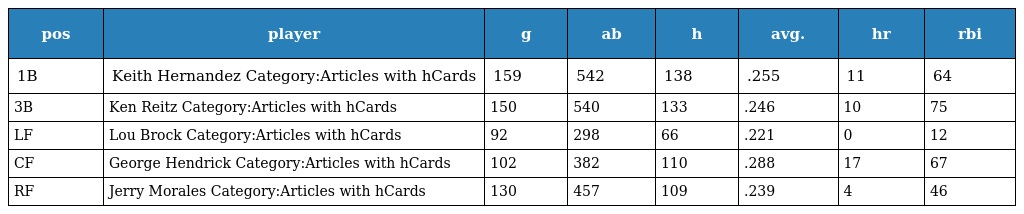
| pos | player | g | ab | h | avg. | hr | rbi |
 | --- | --- | --- | --- | --- | --- | --- | --- |
 | 1B | Keith Hernandez Category:Articles with hCards | 159 | 542 | 138 | .255 | 11 | 64 |
 | 3B | Ken Reitz Category:Articles with hCards | 150 | 540 | 133 | .246 | 10 | 75 |
 | LF | Lou Brock Category:Articles with hCards | 92 | 298 | 66 | .221 | 0 | 12 |
 | CF | George Hendrick Category:Articles with hCards | 102 | 382 | 110 | .288 | 17 | 67 |
 | RF | Jerry Morales Category:Articles with hCards | 130 | 457 | 109 | .239 | 4 | 46 |